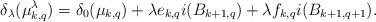
LaTeX: \begin{align*}\delta_\lambda(\mu_{k,q}^\lambda)&=\delta_0(\mu_{k,q})+\lambda e_{k,q} i(B_{k+1,q})+\lambda f_{k,q}i(B_{k+1,q+1}).\end{align*}